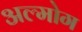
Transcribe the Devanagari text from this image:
अल्मोग